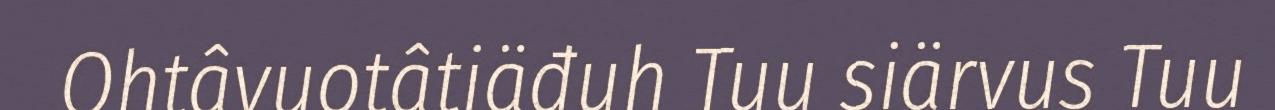
Ohtâvuotâtiäđuh Tuu siärvus Tuu